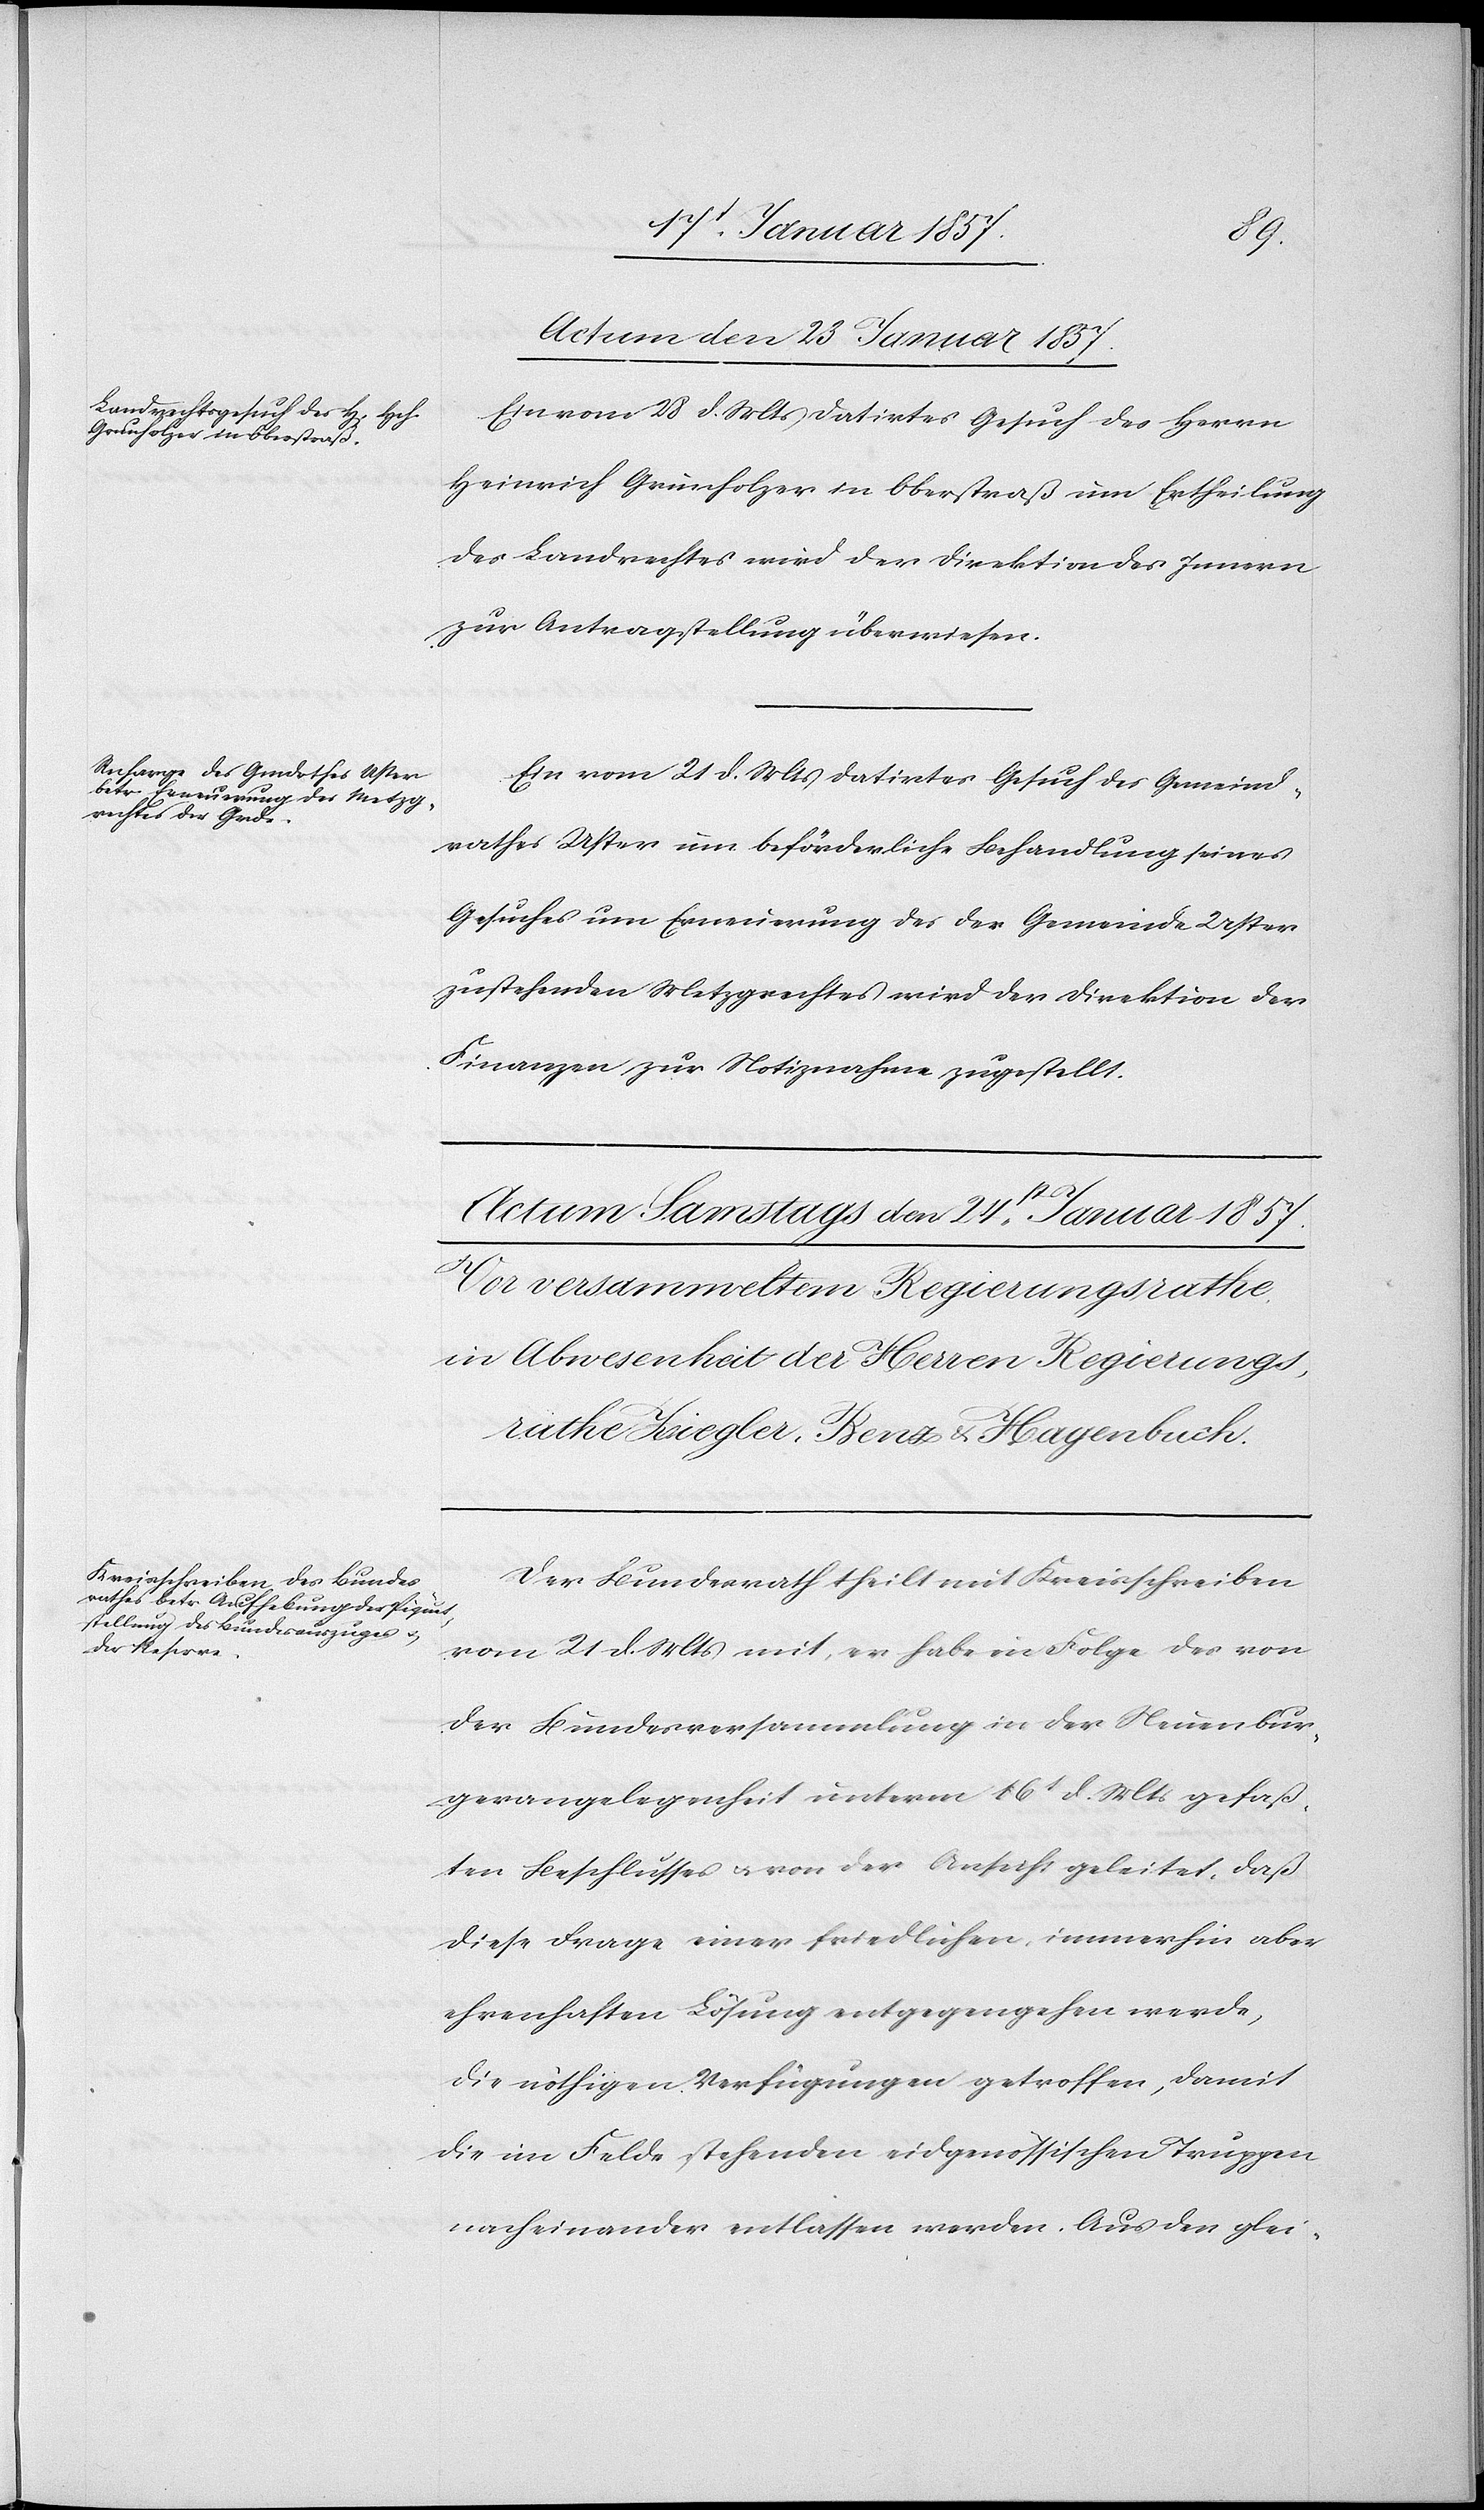
Actum den 23 Januar 1857.]
Ein vom 28 d. Mts datirtes Gesuch des Herrn
Heinrich Grünholzer in Oberstraß um Ertheilung
des Landrechtes wird der Direktion des Innern
zur Antragstellung überwiesen.
Ein vom 21 d. Mts datirtes Gesuch des Gemeind¬
rathes Uster um beförderliche Behandlung seines
Gesuches um Erneuerung des der Gemeinde Uster
zustehenden Metzgrechtes wird der Direktion der
Finanzen zur Notiznahme zugestellt.
Der Bundesrath theilt mit Kreisschreiben
vom 21 d. Mts mit, er habe in Folge des von
der Bundesversammlung in der Neuenbur¬
gerangelegenheit unterm 16t d. Mts gefaß¬
ten Beschlusses u. von der Ansicht geleitet, daß
diese Frage einer friedlichen, immerhin aber
ehrenhaften Lösung entgegengehen werde,
die nöthigen Verfügungen getroffen, damit
die im Felde stehenden eidgenössischen Truppen
nacheinander entlassen werden. Aus den glei-